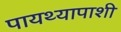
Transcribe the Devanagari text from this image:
पायथ्यापाशी